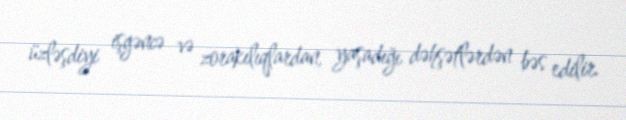
üzləşdiyi işgəncə və zorakılıqlardan, yaşadığı dəhşətlərdən bəs edilir.